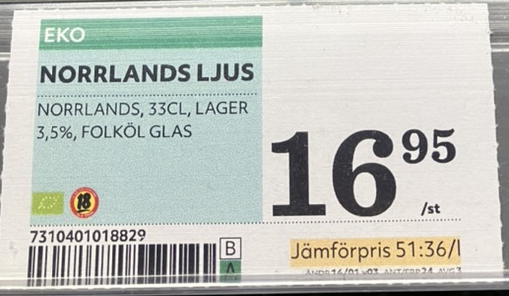
Vara: Norrlands ljus
Genomsnittspris: 51.36 per L